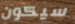
سيكون